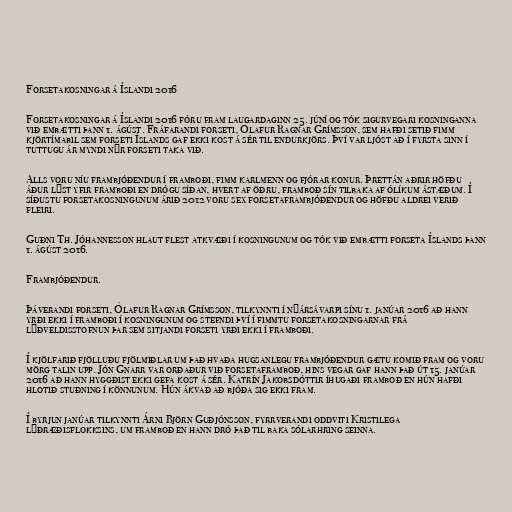
Forsetakosningar á Íslandi 2016

Forsetakosningar á Íslandi 2016 fóru fram laugardaginn 25. júní og tók sigurvegari kosninganna
við embætti þann 1. ágúst. Fráfarandi forseti, Ólafur Ragnar Grímsson, sem hafði setið fimm
kjörtímabil sem forseti Íslands gaf ekki kost á sér til endurkjörs. Því var ljóst að í fyrsta sinn í
tuttugu ár myndi nýr forseti taka við.

Alls voru níu frambjóðendur í framboði, fimm karlmenn og fjórar konur. Þrettán aðrir höfðu
áður lýst yfir framboði en drógu síðan, hvert af öðru, framboð sín tilbaka af ólíkum ástæðum. Í
síðustu forsetakosningunum árið 2012 voru sex forsetaframbjóðendur og höfðu aldrei verið
fleiri.

Guðni Th. Jóhannesson hlaut flest atkvæði í kosningunum og tók við embætti forseta Íslands þann
1. ágúst 2016.

Frambjóðendur.

Þáverandi forseti, Ólafur Ragnar Grímsson, tilkynnti í nýársávarpi sínu 1. janúar 2016 að hann
yrði ekki í framboði í kosningunum og stefndi því í fimmtu forsetakosningarnar frá
lýðveldisstofnun þar sem sitjandi forseti yrði ekki í framboði.

Í kjölfarið fjölluðu fjölmiðlar um það hvaða hugsanlegu frambjóðendur gætu komið fram og voru
mörg talin upp. Jón Gnarr var orðaður við forsetaframboð, hins vegar gaf hann það út 15. janúar
2016 að hann hyggðist ekki gefa kost á sér. Katrín Jakobsdóttir íhugaði framboð en hún hafði
hlotið stuðning í könnunum. Hún ákvað að bjóða sig ekki fram.

Í byrjun janúar tilkynnti Árni Björn Guðjóns­son, fyrr­ver­andi odd­viti Kristi­lega
lýðræðis­flokks­ins, um framboð en hann dró það til baka sólarhring seinna.